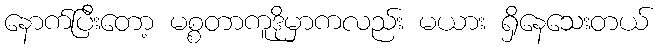
နောက်ပြီးတော့ မစ္စတာကူဒိုမှာကလည်း မယား ရှိနေသေးတယ်